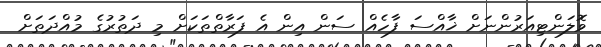
ވޮލަންޓިއަރުންނަށް ޚާއްސަ ފާހެއް ސަން އިން އެ ފަރާތްތަކަށް މި ދަތުރުގެ މުއްދަތަށް